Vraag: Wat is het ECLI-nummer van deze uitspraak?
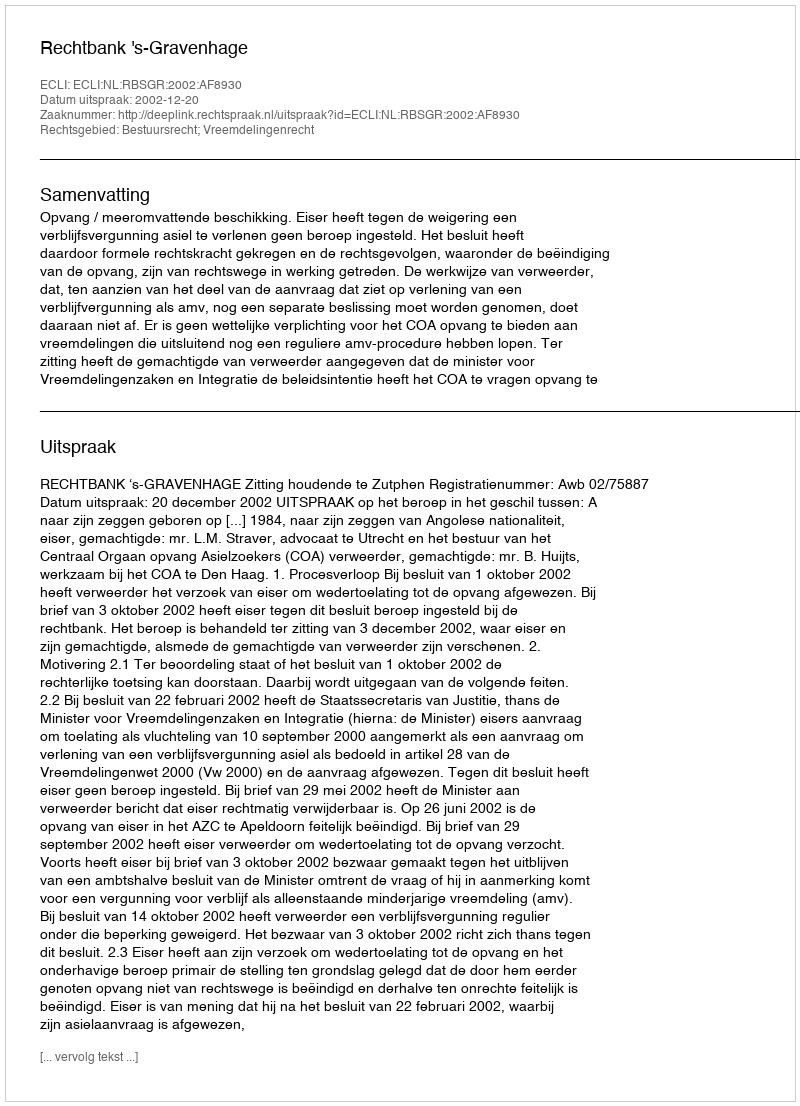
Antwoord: ECLI:NL:RBSGR:2002:AF8930